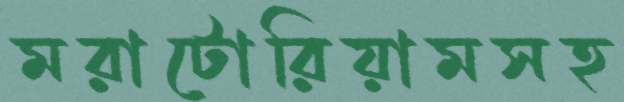
মরাটোরিয়ামসহ